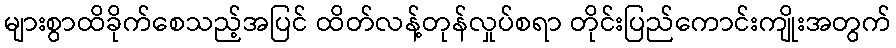
များစွာထိခိုက်စေသည့်အပြင် ထိတ်လန့်တုန်လှုပ်စရာ တိုင်းပြည်ကောင်းကျိုးအတွက်